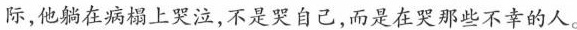
际，他躺在病榻上哭泣，不是哭自己，而是在哭那些不幸的人。